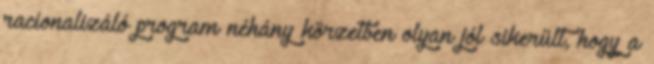
racionalizáló program néhány körzetben olyan jól sikerült, hogy a